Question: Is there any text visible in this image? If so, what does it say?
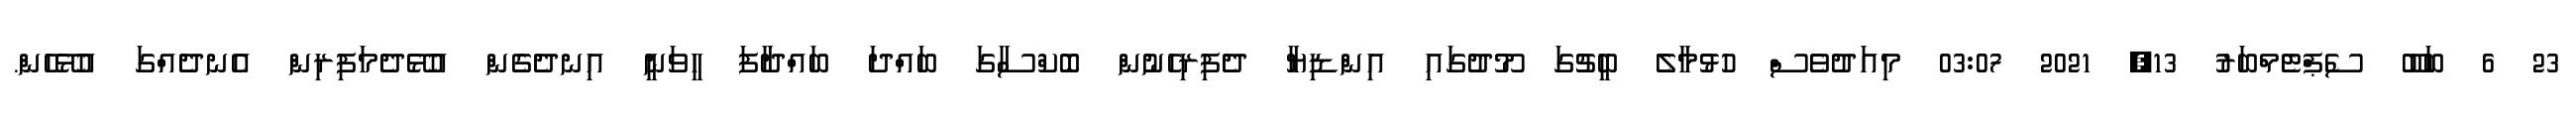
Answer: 23 6 ބަބޫ ސެޕްޓެމްބަރު 13, 2021 03:07 މިއަދުވެސް ހުޅުމާލެ ބީޗުގަ މޫދުގައި އިންޑިޔާ ދެފިރިހެނުން ބޮކްސާގަ ބައްދަ ބައްދާފަ ހީވަނީ އިނދެގެން އުޅޭދެމަފިރިން އެނދެއްގަ އުޅޭހެން.